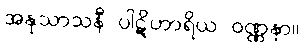
အနုသာသနီ ပါဋိဟာရိယ ဝဏ္ဏနာ။